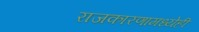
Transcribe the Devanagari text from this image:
राजकारणामध्येही